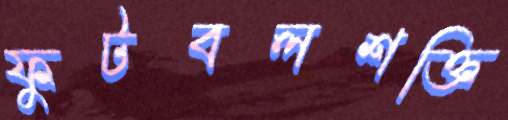
ফুটবলশক্তি